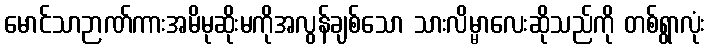
မောင်သာဉာဏ်ကားအမိမုဆိုးမကိုအလွန်ချစ်သော သားလိမ္မာလေးဆိုသည်ကို တစ်ရွာလုံး